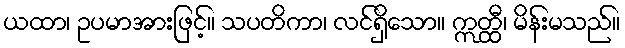
ယထာ၊ ဥပမာအားဖြင့်။ သပတိကာ၊ လင်ရှိသော။ ဣတ္ထီ၊ မိန်းမသည်။